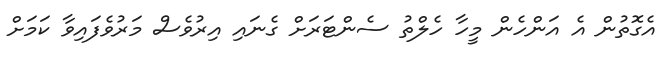
އެގޮތުން އެ އަންހެން މީހާ ހެލްތު ސެންޓަރަށް ގެނައި އިރުވެސް މަރުވެފައިވާ ކަމަށް